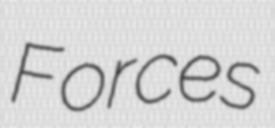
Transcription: Forces